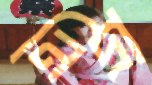
নিদ্রা